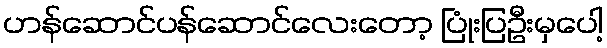
ဟန်ဆောင်ပန်ဆောင်လေးတော့ ပြုံးပြဦးမှပေါ့